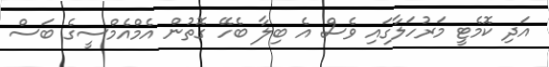
އަދި ކޮމެޓީ މަރުހަލާގައި ވެސް އެ ބިލާ ބެހޭ ގޮތުން އެމްއެމްސީގެ ބަސް